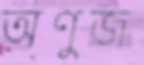
অণুজ